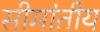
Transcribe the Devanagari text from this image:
सीमांतीय